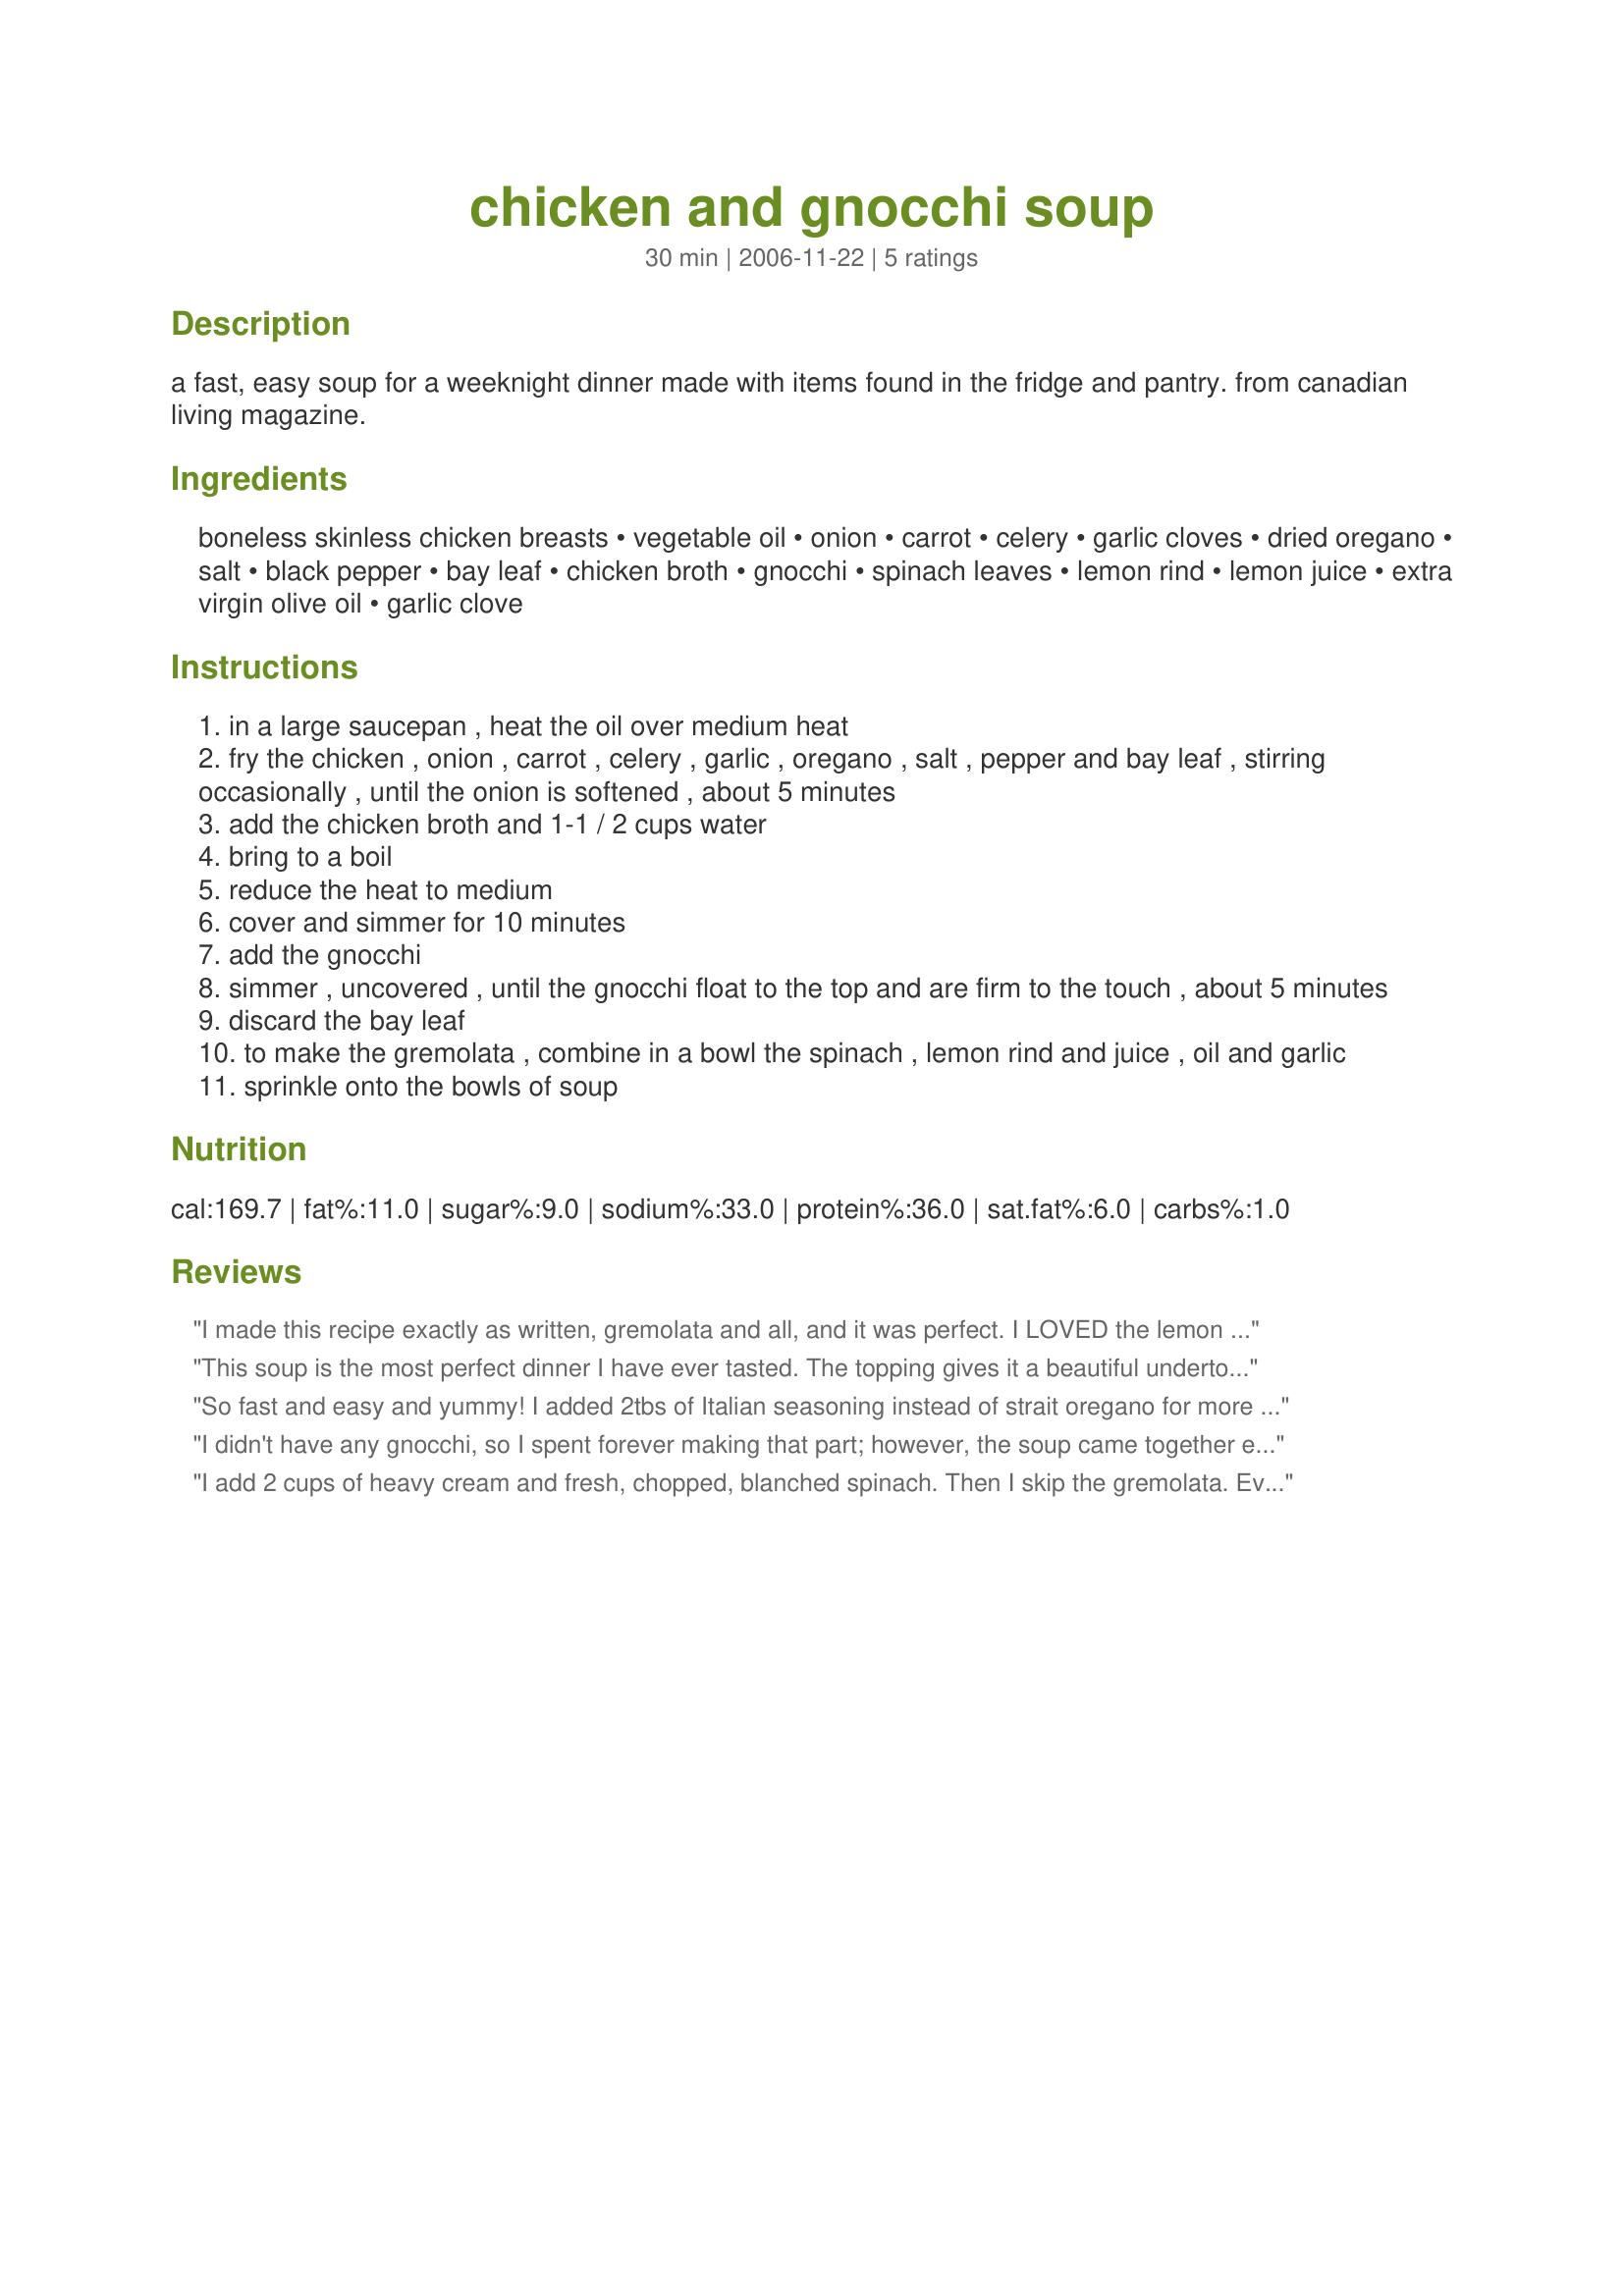
chicken and gnocchi soup
Preparation time: 30 minutes

a fast, easy soup for a weeknight dinner made with items found in the fridge and pantry. from canadian living magazine.

Ingredients:
boneless skinless chicken breasts, vegetable oil, onion, carrot, celery, garlic cloves, dried oregano, salt, black pepper, bay leaf, chicken broth, gnocchi, spinach leaves, lemon rind, lemon juice, extra virgin olive oil, garlic clove

Steps:
in a large saucepan , heat the oil over medium heat
fry the chicken , onion , carrot , celery , garlic , oregano , salt , pepper and bay leaf , stirring occasionally , until the onion is softened , about 5 minutes
add the chicken broth and 1-1 / 2 cups water
bring to a boil
reduce the heat to medium
cover and simmer for 10 minutes
add the gnocchi
simmer , uncovered , until the gnocchi float to the top and are firm to the touch , about 5 minutes
discard the bay leaf
to make the gremolata , combine in a bowl the spinach , lemon rind and juice , oil and garlic
sprinkle onto the bowls of soup

Reviews:
I made this recipe exactly as written, gremolata and all, and it was perfect. I LOVED the lemon flavoring with the chicken soup. I will make this soup again and again, but next time I will double the recipe so that we have some leftovers!
This soup is the most perfect dinner I have ever tasted. The topping gives it a beautiful undertone of lemon that lightens the soup to its highest point. MMMM I will make this at least once a month during the shivering cold missouri winter. Thank you so much for submitting it.
So fast and easy and yummy! I added 2tbs of Italian seasoning instead of strait oregano for more flavor.
I didn't have any gnocchi, so I spent forever making that part; however, the soup came together easily (and now I have gnocchi in the freezer for next time). Nice flavor but added some heavy cream at the end. Thanks for the recipe!
I add 2 cups of heavy cream and fresh, chopped, blanched spinach. Then I skip the gremolata. Everyone loved it.
